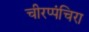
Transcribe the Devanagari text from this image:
चीरप्पंचिरा